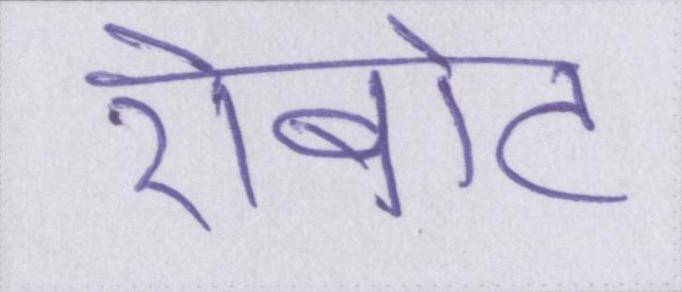
रोबोट